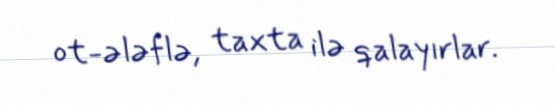
ot-ələflə, taxta ilə qalayırlar.